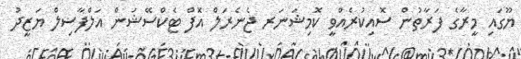
ޔޫގައި މީރާގެ ފަރާތުން ސޮއިކުރެއްވީ ކޮމިޝަނަރ ޖެނެރަލް އޮފް ޓެކްސޭޝަން އަލްފާޟިލް ޔަޒީދު